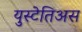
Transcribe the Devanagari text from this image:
युस्टेतिअस